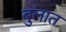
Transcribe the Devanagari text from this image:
बुलात